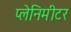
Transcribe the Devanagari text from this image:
प्लेनिमीटर